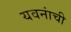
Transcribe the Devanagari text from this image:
यवनांची